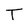
Character: T